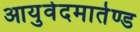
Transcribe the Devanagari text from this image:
आयुर्वेदमार्तण्ड